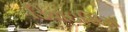
ડિવાઇસિસ